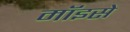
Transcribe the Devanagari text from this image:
मॉइसे